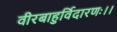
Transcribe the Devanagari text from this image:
वीरबाहुर्विदारणः।।